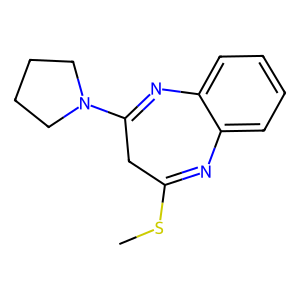
SMILES: CSC1=Nc2ccccc2N=C(N2CCCC2)C1
Inhibits HIV replication: No